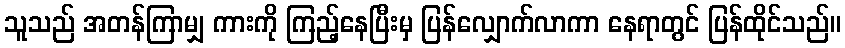
သူသည် အတန်ကြာမျှ ကားကို ကြည့်နေပြီးမှ ပြန်လျှောက်လာကာ နေရာတွင် ပြန်ထိုင်သည်။